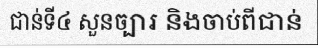
ជាន់ទី៤ សួនច្បារ និងចាប់ពីជាន់